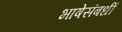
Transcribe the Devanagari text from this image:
भाषेसंबधीं